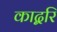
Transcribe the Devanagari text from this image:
काद्बरि